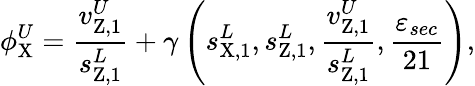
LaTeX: \phi_{\mathrm{X}}^{U}=\frac{v_{\mathrm{Z,1}}^{U}}{s_{\mathrm{Z,1}}^{L}}+\gamma\left(s_{\mathrm{X,1}}^{L},s_{\mathrm{Z,1}}^{L},\frac{v_{\mathrm{Z,1}}^{U}}{s_{\mathrm{Z,1}}^{L}},\frac{\varepsilon_{sec}}{21}\right),